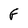
Character: F